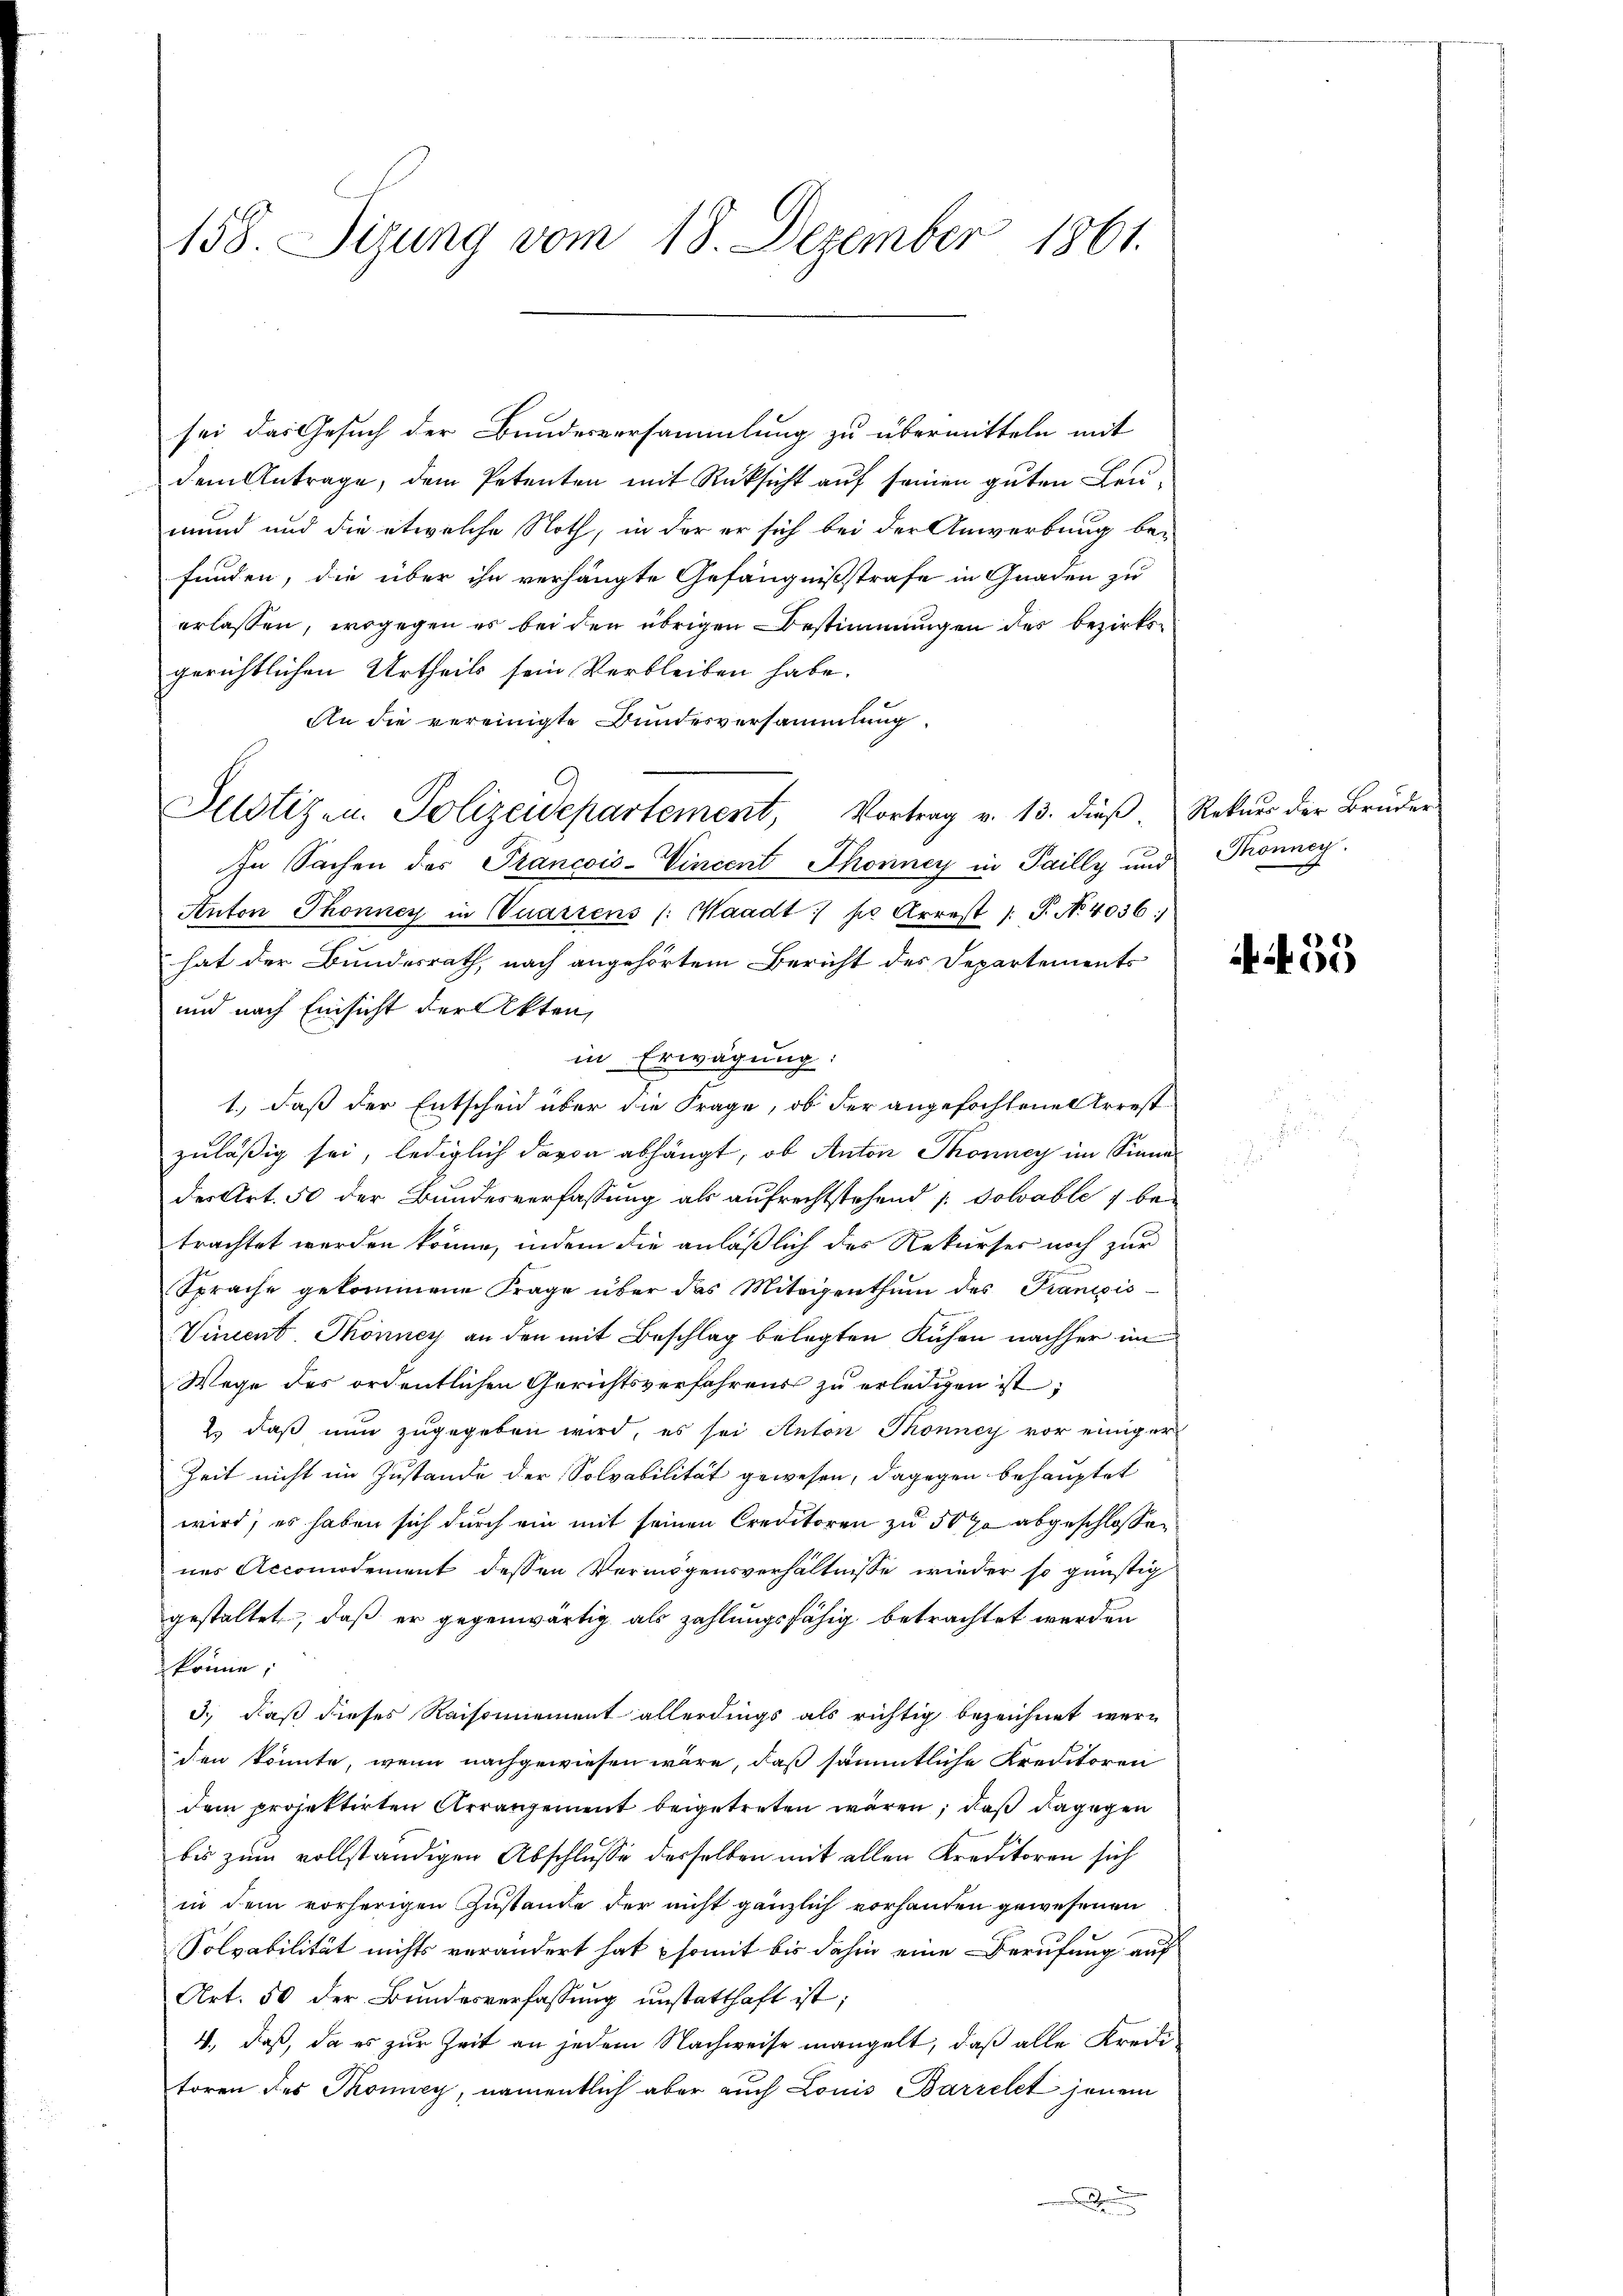
158. Sizung vom 18. Dezember 1861.

sei das Gesuch der Bundesversammlung zu übermitteln mit
dem Antrage, dem Petenten mit Rücksicht auf seinen guten Leumund und die etwelche Noth, in der er sich bei der Anwerbung befunden, die über ihn verhängte Gefängnißstrafe in Gnaden zu
erlassen, wogegen es bei den übrigen Bestimmungen des bezirksgerichtlichen Urtheils sein Verbleiben habe.
An die vereinigte Bundesversammlung.
Justizen. Polizeidepartement, Vortrag v. 13. dieß.
In Sachen des Prancois-Vincent Thonney in Pailly und Thonney.
Anton Thonner in Quartens (Waadt: po Arrest 1 S. No 4036:
hat der Bundesrath, nach angehörtem Bericht des Departements
und nach Einsicht der Akten,
in Erwägung:
1., daß der Entscheid über die Frage, ob der angefochtene Arrest
zuläßig sei, lediglich davon abhängt, ob Anton Thonney im Sinne
der Art. 50 der Bundesverfassung als aufrechtstehend /: dolvable 7 betrachtet werden könne, indem die anläßlich des Rekurses noch zur
Sprache gekommene Frage über das Miteigenthŭm des Franzis
Vincent. Thonney an den mit Beschlag belegten Kuchen nachher im
Wege des ordentlichen Gerichtsverfahrens zu erledigen ist;
2) daß nun zugegeben wird, es sei Anton Thonney vor einiger
Zeit nicht im Zustande der Solvabilität gewesen, dagegen behauptet
wird; es haben sich durch ein mit seinen Creditoren zu 50 % abgeschlossen
nes Accomodement dessen Vermögensverhältnisse wieder so günstig
gestaltet, daß er gegenwärtig als zahlungsfähig betrachtet werden
könne,
3., daß dieses Raisonnement allerdings als richtig bezeichnet werden könnte, wenn nachgewiesen wäre, daß sämmtliche Kreditoren
dem projektirten Arrangement beigetreten wären, daß dagegen
bis zum vollständigen Abschlusse derselben mit allen Kreditoren sich
in dem vorherigen Zustande der nicht gänzlich vorhanden gewesenen
Solvabilität nichts verändert hat somit bis dahin eine Berufung auf
Art. 50 der Bundesverfassung unstatthaft ist;
4., daß, da es zur Zeit an jedem Nachweise mangelt, daß alle Kreditoren des Thoniey, namentlich aber auch Louis Barrelet jenem
J

Rekurs der Bruder

)
00